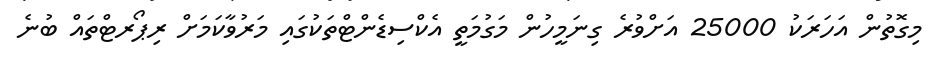
މިގޮތުން އަހަރަކު 25000 އަށްވުރެ ގިނަމީހުން މަގުމަތީ އެކްސިޑެންޓްތަކުގައި މަރުވާކަމަށް ރިޕޯރޓްތައް ބުނެ